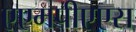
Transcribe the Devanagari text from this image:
एएमपीएएस